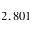
2 , 8 0 1